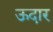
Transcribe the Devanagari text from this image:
ऊदार